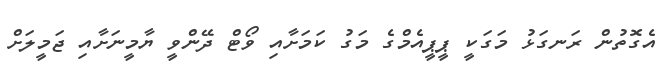
އެގޮތުން ރަނގަޅު މަގަކީ ޕީޕީއެމްގެ މަގު ކަމަށާއި ވޯޓް ދޭންވީ ޔާމީނަށާއި ޖަމީލަށް